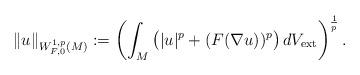
LaTeX: \begin{align*}\|u\|_{W_{F,0}^{1,p}(M)}:= \left(\int_M \big ( |u|^p +(F(\nabla u))^p \big )\, dV_{\rm ext} \right)^{\frac{1}{p}}.\end{align*}